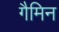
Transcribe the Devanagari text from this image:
गैमिन